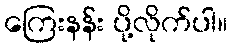
ကြေးနန်း ပို့လိုက်ပါ။